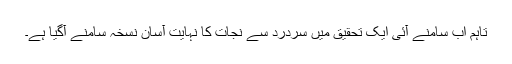
تاہم اب سامنے آئی ایک تحقیق میں سردرد سے نجات کا نہایت آسان نسخہ سامنے آگیا ہے۔